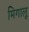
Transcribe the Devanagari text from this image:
मिगालू